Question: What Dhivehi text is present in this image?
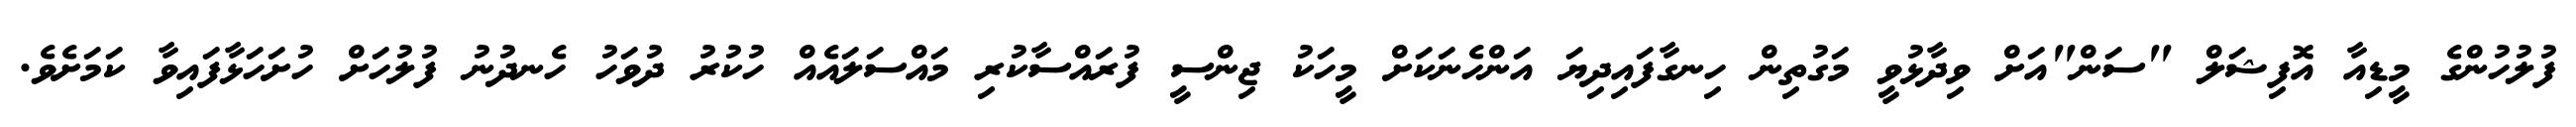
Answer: ފުލުހުންގެ މީޑިއާ އޮފިޝަލް "ސަން"އަށް ވިދާޅުވީ މަގުތިން ހިނގާފައިދިޔަ އަންހެނަކަށް މީހަކު ޖިންސީ ފުރައްސާކުރި މައްސަލައެއް ހުކުރު ދުވަހު ހެނދުނު ފުލުހަށް ހުށަހަޅާފައިވާ ކަމަށެވެ.